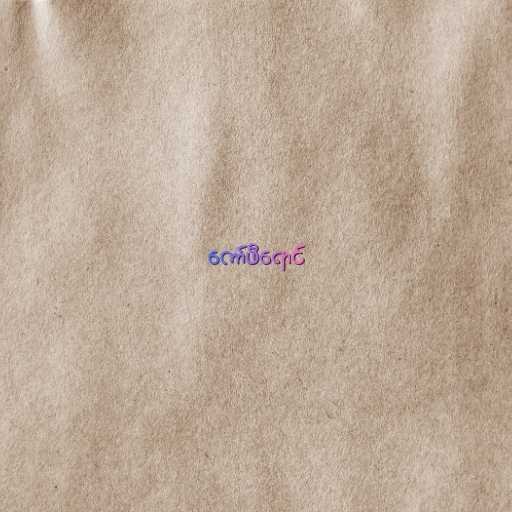
ကော်ဖီရောင်